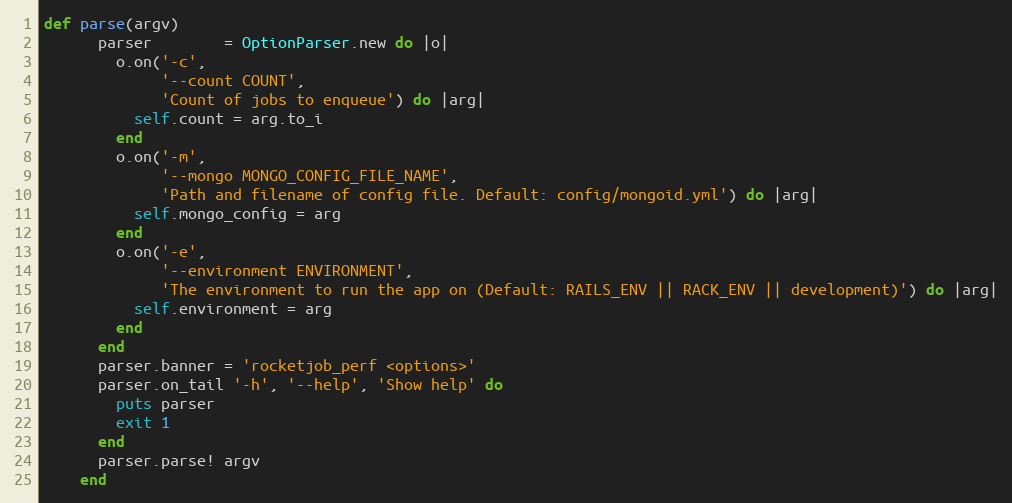
Language: Ruby
def parse(argv)
      parser        = OptionParser.new do |o|
        o.on('-c',
             '--count COUNT',
             'Count of jobs to enqueue') do |arg|
          self.count = arg.to_i
        end
        o.on('-m',
             '--mongo MONGO_CONFIG_FILE_NAME',
             'Path and filename of config file. Default: config/mongoid.yml') do |arg|
          self.mongo_config = arg
        end
        o.on('-e',
             '--environment ENVIRONMENT',
             'The environment to run the app on (Default: RAILS_ENV || RACK_ENV || development)') do |arg|
          self.environment = arg
        end
      end
      parser.banner = 'rocketjob_perf <options>'
      parser.on_tail '-h', '--help', 'Show help' do
        puts parser
        exit 1
      end
      parser.parse! argv
    end